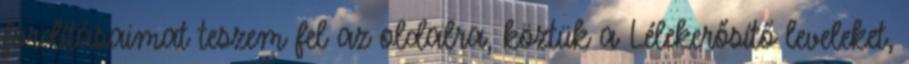
fordításaimat teszem fel az oldalra, köztük a Lélekerősítő leveleket,